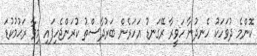
ކޮންމެ ދުވަހަކު ހެނދުނާ ހަވީރާ ރޭގަނޑު އަހަރެން ބަރުދާސްތު ކުރަންޖެހިފައި މިވާ ރަޙުމުކުޑަ